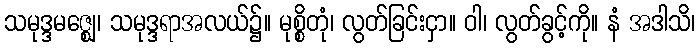
သမုဒ္ဒမဇ္ဈေ၊ သမုဒ္ဒရာအလယ်၌။ မုစ္စိတုံ၊ လွတ်ခြင်းငှာ။ ဝါ၊ လွတ်ခွင့်ကို။ နံ အဒါသိ၊